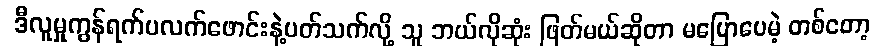
ဒီလူမှုကွန်ရက်ပလက်ဖောင်းနဲ့ပတ်သက်လို့ သူ ဘယ်လိုဆုံး ဖြတ်မယ်ဆိုတာ မပြောပေမဲ့ တစ်တော့